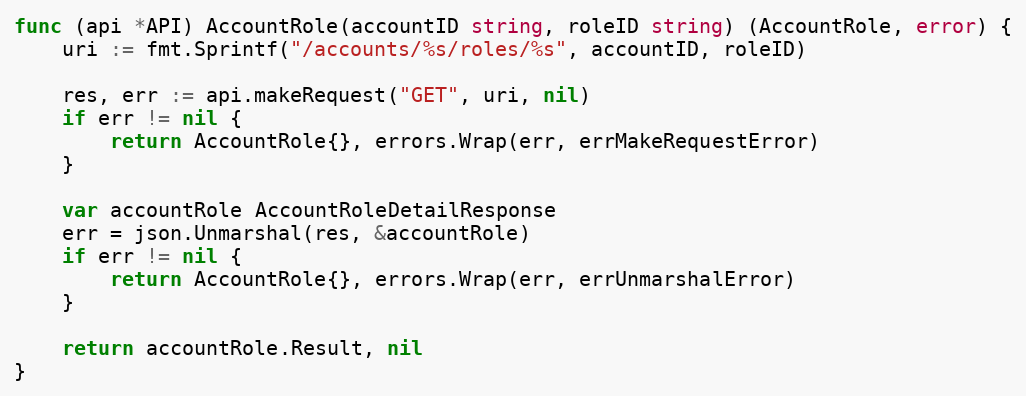
Language: Go
func (api *API) AccountRole(accountID string, roleID string) (AccountRole, error) {
	uri := fmt.Sprintf("/accounts/%s/roles/%s", accountID, roleID)

	res, err := api.makeRequest("GET", uri, nil)
	if err != nil {
		return AccountRole{}, errors.Wrap(err, errMakeRequestError)
	}

	var accountRole AccountRoleDetailResponse
	err = json.Unmarshal(res, &accountRole)
	if err != nil {
		return AccountRole{}, errors.Wrap(err, errUnmarshalError)
	}

	return accountRole.Result, nil
}